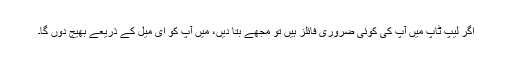
اگر لیپ ٹاپ میں آپ کی کوئی ضروری فائلز ہیں تو مجھے بتا دیں، میں آپ کو ای میل کے ذریعے بھیج دوں گا۔